Leaving Certificate Examination, 1921
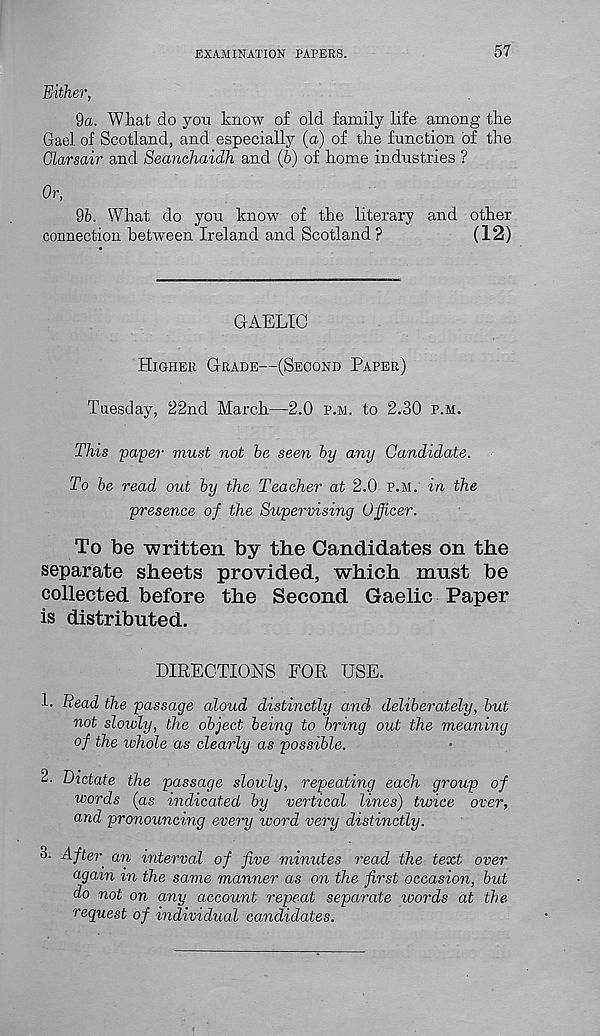
EXAMINATION PAPERS.
57
Either,
9a. What do you know of old family life among the
Gael of Scotland, and especially (a) of the function of the
Glarsair and Seanchaidh and (6) of home industries ?
Or,
9b. What do you know of the literary and other
connection between Ireland and Scotland ?
(12)
GAELIC
Higher Grade—(Second Paper)
Tuesday, 22nd March—2.0 p.m. to 2.30 p.m.
This -paper must not be seen by any Candidate.
To be read out by the Teacher at 2.0 p.m. in the
presence of the Supervising Officer.
To be written by the Candidates on the
separate sheets provided, which must be
collected before the Second Gaelic Paper
is distributed.
DIRECTIONS FOR USE.
1. Read the passage aloud distinctly and deliberately, but
not slowly, the object being to bring out the meaning
of the whole as clearly as possible.
2. Dictate the passage slowly, repeating each group of
words (as indicated by vertical lines) twice over,
and pronouncing every word very distinctly.
3. After, an interval of five minutes read the text over
again m the same manner as on the first occasion, but
do not on any account repeat separate words at the
request of individual candidates.